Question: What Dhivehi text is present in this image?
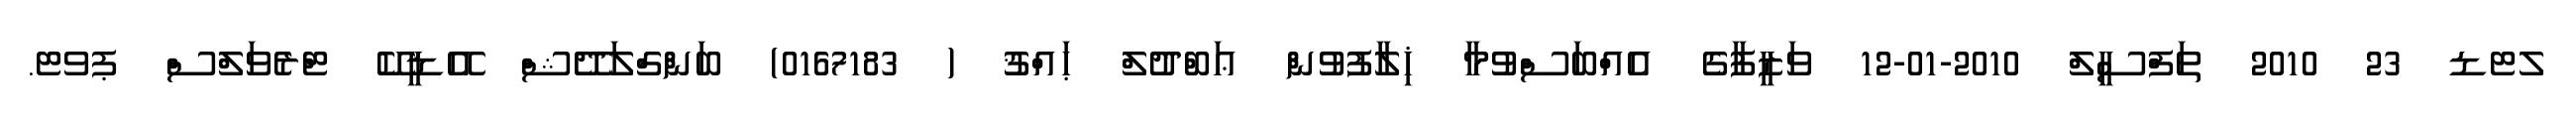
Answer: ލޓޑ 23 2010 ތަފްސީލް 2010-01-12 ވަޒީފާގެ އެއްބަސްވުމާ ޚިލާފުވުން ޢަބްދުލް ޙައްޤު ( 0167183) ބަންގްލަދޭޝް އޭޑީކޭ ޓްރެވަލްސް ޕވޓ.